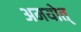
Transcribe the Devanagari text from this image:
अमयोत्